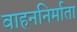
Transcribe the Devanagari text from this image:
वाहननिर्माता